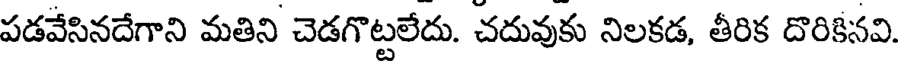
పడవేసినదేగాని మతిని చెడగొట్టలేదు. చదువుకు నిలకడ, తీరిక దొరికినవి.